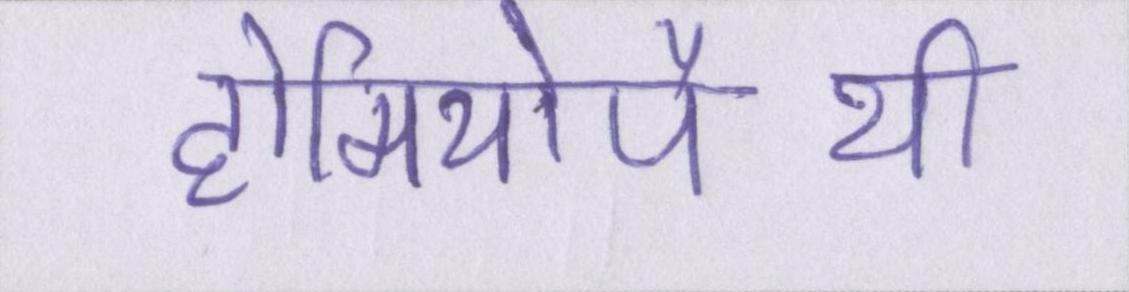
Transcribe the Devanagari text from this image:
होमियोपैथी